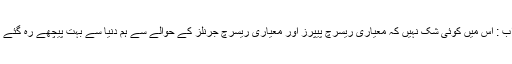
جواب : اس میں کوئی شک نہیں کہ معیاری ریسرچ پیپرز اور معیاری ریسرچ جرنلز کے حوالے سے ہم دنیا سے بہت پیچھے رہ گئے ہیں۔